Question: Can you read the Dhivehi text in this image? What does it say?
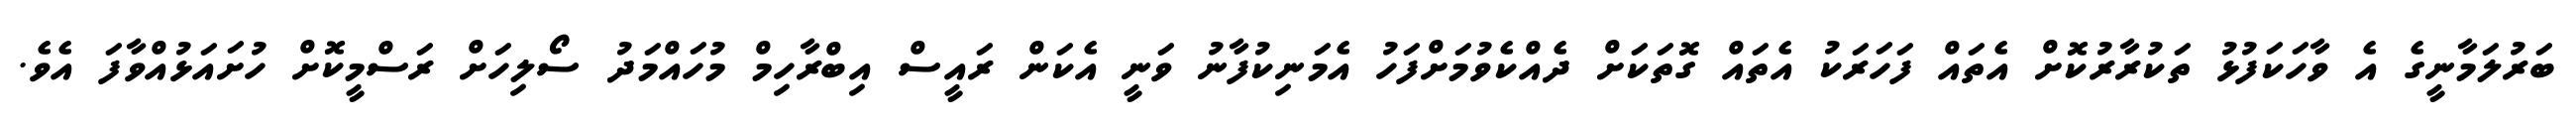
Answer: ބަރުލަމާނީގެ އެ ވާހަކަފުޅު ތަކުރާރުކޮށް އެތައް ފަހަރަކު އެތައް ގޮތަކަށް ދެއްކެވުމަށްފަހު އެމަނިކުފާނު ވަނީ އެކަން ރައީސް އިބްރާހިމް މުހައްމަދު ސޯލިހަށް ރަސްމީކޮށް ހުށައަޅުއްވާފަ އެވެ.